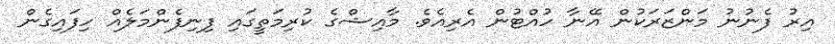
އިރު ފެނުނު މަންޒަރަކުން އޭނާ ހުއްޓުން އެރިއެވެ. މާއިޝްގެ ކުރިމަތީގައި ފިނިފެންމަލެއް ހިފައިގެން